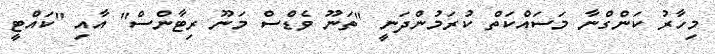
މިހާރު ކަންގްނާ މަސައްކަތް ކުރަމުންދަނީ "ތަނޫ ވެޑްސް މަނޫ ރިޓާންސް" އާއި "ކައްޓީ